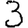
Digit: 3